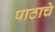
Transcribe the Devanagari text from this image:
पाठाचे